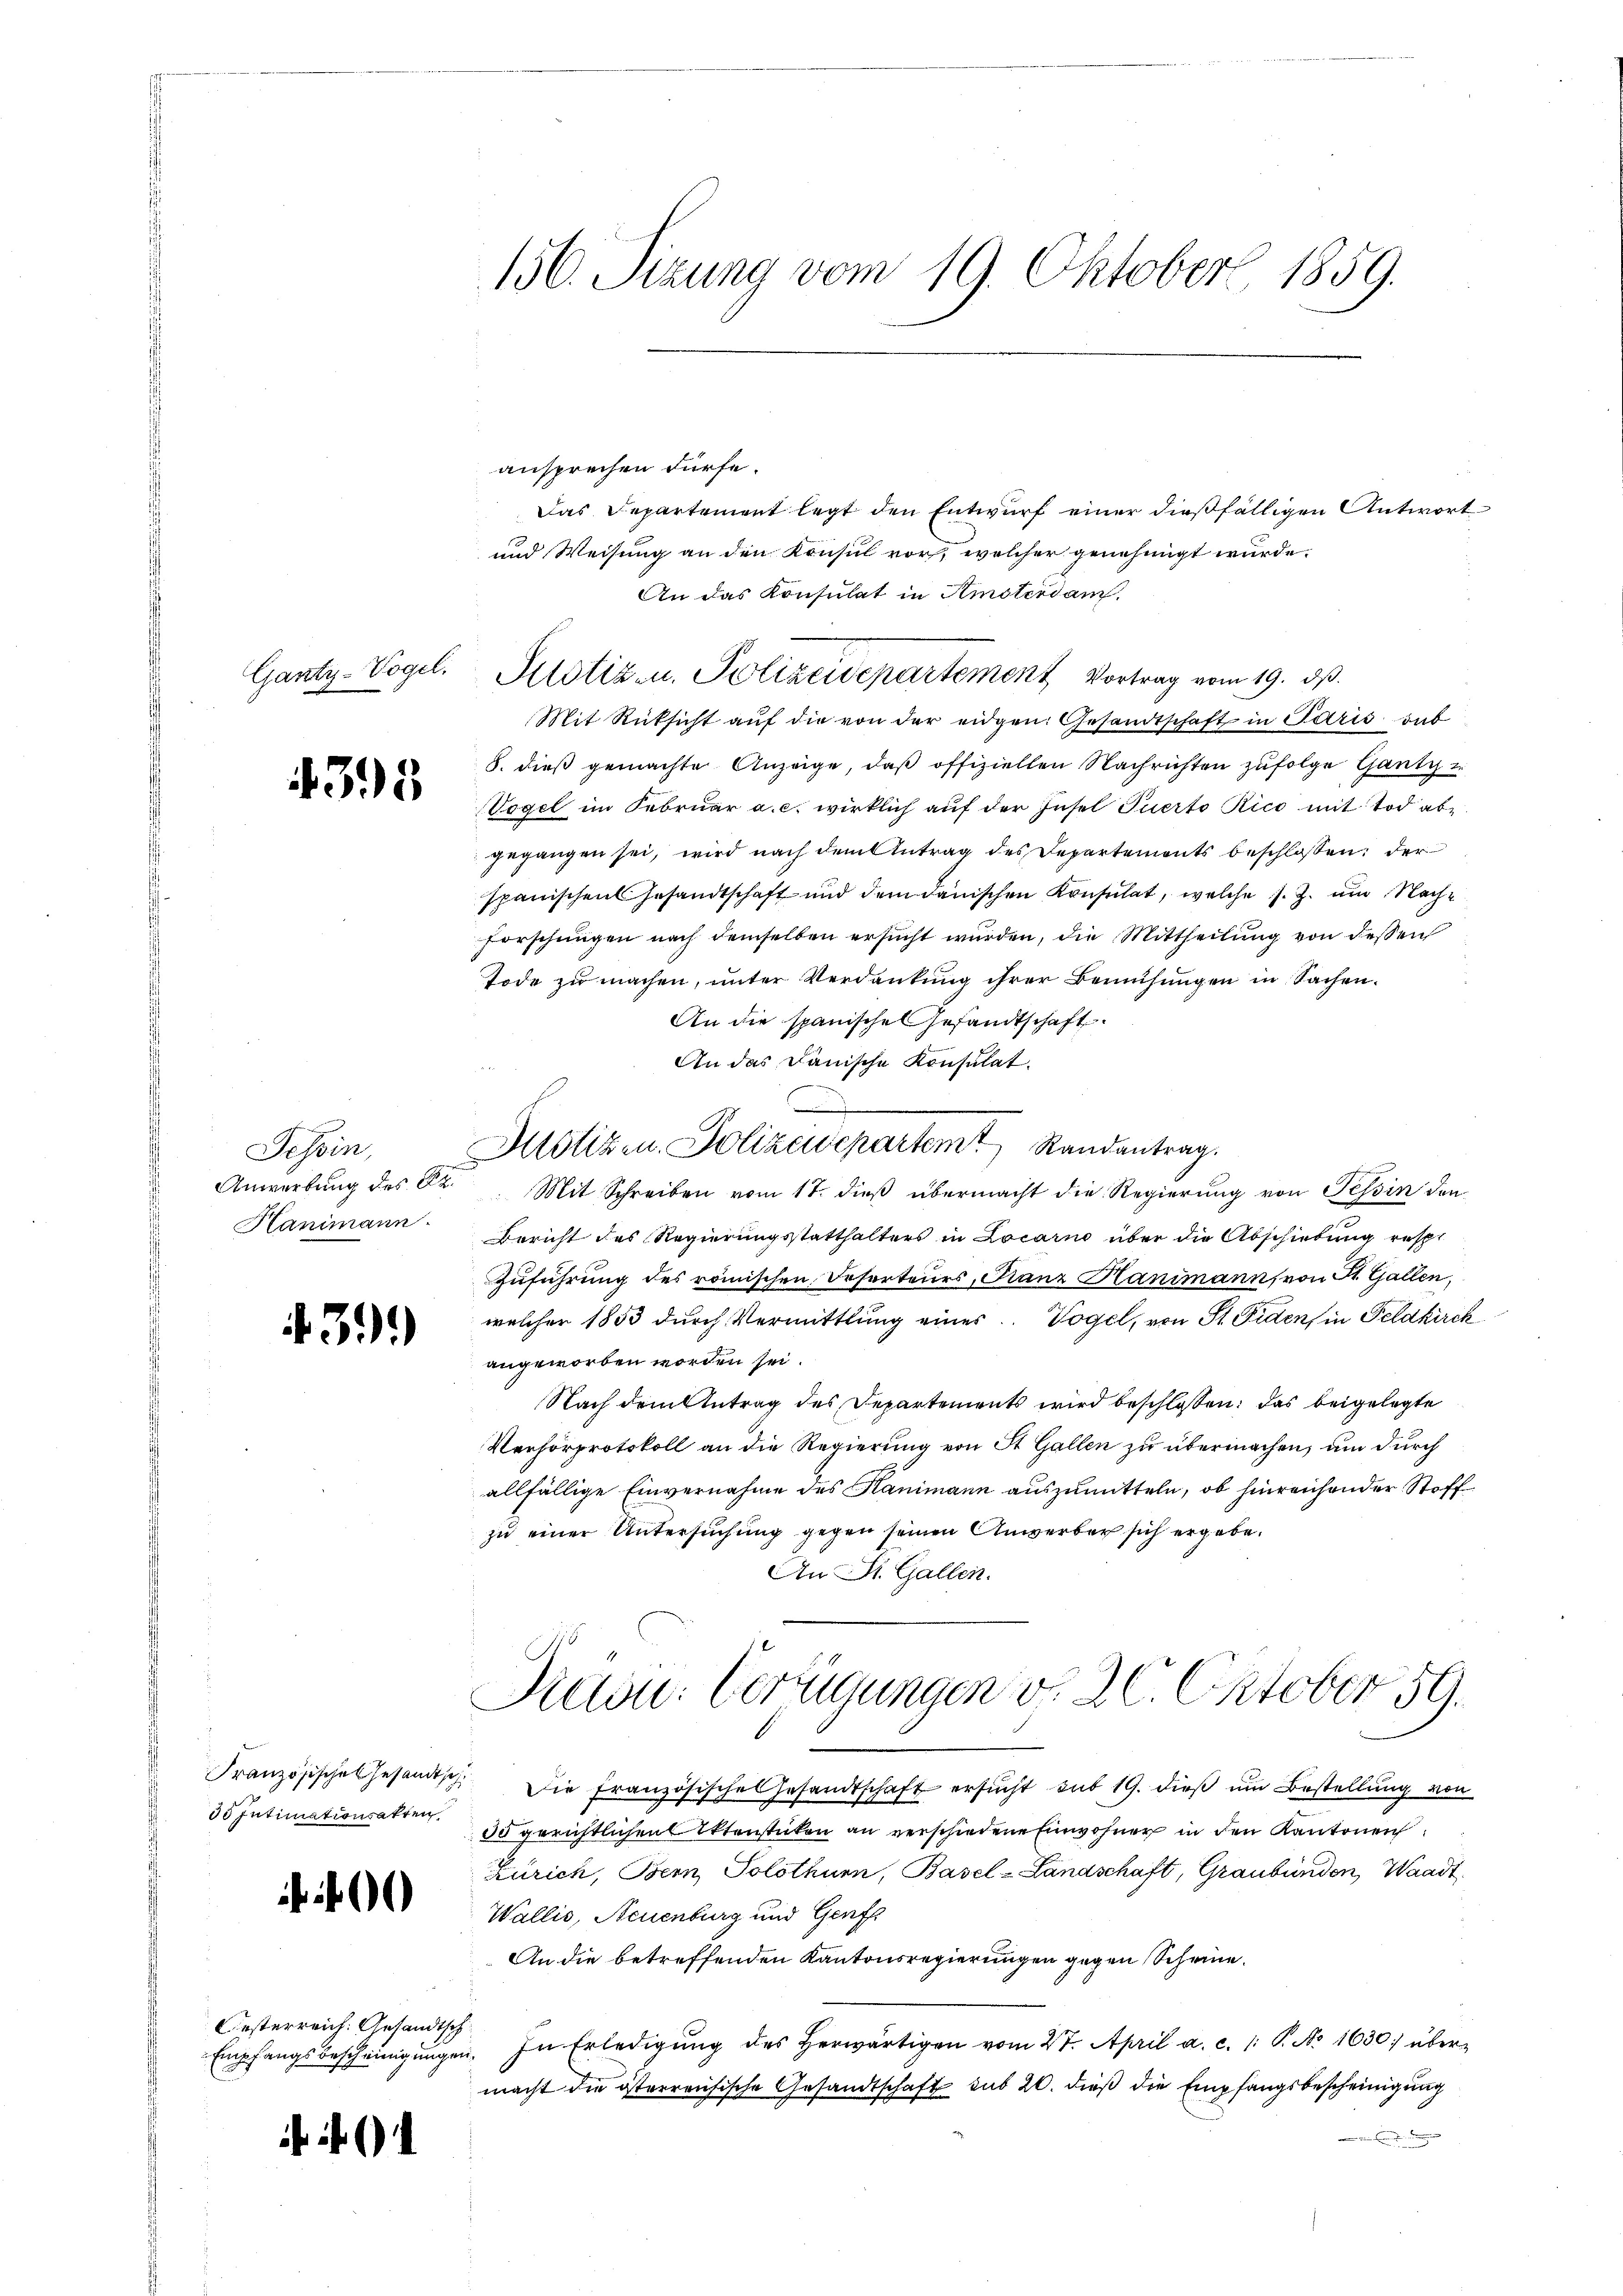
Ganty-Vogel.

395

Tessin,
Hanimann.

43.)

do Intimationsakten,

Oesterreich. Gesandtsch

ansprechen dürfe.
Das Departement legt den Entwurf einer dießfälligen Antwort
und Weisung an den Konsul vor, welcher genehmigt wurde.
An das Konsulat in Amsterdam.
Justiz- u. Polizeidepartement Vortrag vom 19. ds.
Mit Rücksicht auf die von der eidgen. Gesandtschaft in Paris dab
8. dieß gemachte Anzeige, daß offiziellen Nachrichten zufolge Gantz
Vogel im Februar a. c. wirklich aŭf der Insel Puerto Rico mit Tod ab-
gegangen sei, wird nach dem Antrag des Departements beschlossen: der
spanischen Gesandtschaft und dem danischen Konsulat, welche s. Z. um Nach¬
Forschungen nach demselben ersucht wurden, die Mittheilung von dessen
Tode zu machen, unter Verdankung ihrer Bemühungen in Sachen.
An die spanische Gesandtschaft
An das danische Konsulat.
D
Mötizen. Polizeidepartem Randantrag.
Anwerbung des 22. Mit Schreiben vom 17. dieß übermacht die Regierung von Tessin den
Bericht des Regierungsstatthalters in Locarno über die Abschiebung resp.
Zuführung des römischen Referteurs, Ganz Hanimann, von St. Gallen,
welcher 1853 durch Vermittlung eines Vogel, von St. Fiden, in Feldkirch
angeworben worden sei.
Nach dem Antrag des Departements wird beschlossen: das beigelegte
Verhörprotokoll an die Regierung von St. Gallen zu übermachen, am durch
allfällige Einvernahme des Kanimann auszumitteln, ob hinreichender Stoffzu einer Untersuchung gegen seinen Anwerber sich ergebe.
An St. Gallen.
Picou: Verfügungen v. 26. Oktober 59.
Französisches Gesandtsch. Die Französisches Gesandtschaft ersŭcht sub 19. dieß um Bestellung von
30 gerichtlichen Aktenstücken an verschiedene Einwohner in den Kantonen
Zürich, Bern Solothurn, Basel-Landschaft, Graubünden, Waadt
Wallis, Neuenburg und Genf
An die betreffenden Kantonsregierungen gegen Scheine
Empfangsbescheinigŭngen. In Erledigŭng des herwärtigen vom 27. April a. c. 1: P. Nr. 1630 über-
macht die österreichische Gesandtschaft sub 20. dieß die Empfangsbescheinigung

156. Sizung vom 19. Oktober 1859.